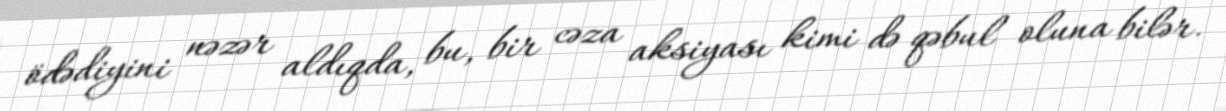
ödədiyini nəzər aldıqda, bu, bir cəza aksiyası kimi də qəbul oluna bilər.